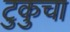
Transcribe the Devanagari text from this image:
टुकुचा